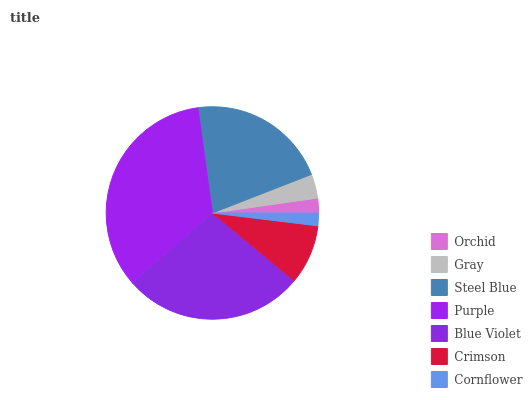
| Orchid | Gray | Steel Blue | Purple | Blue Violet | Crimson | Cornflower |
 | --- | --- | --- | --- | --- | --- | --- |
 | 2.24% | 3.66% | 21.3% | 34.2% | 27.5% | 9.09% | 1.93% |